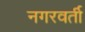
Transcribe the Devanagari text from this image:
नगरवर्ती